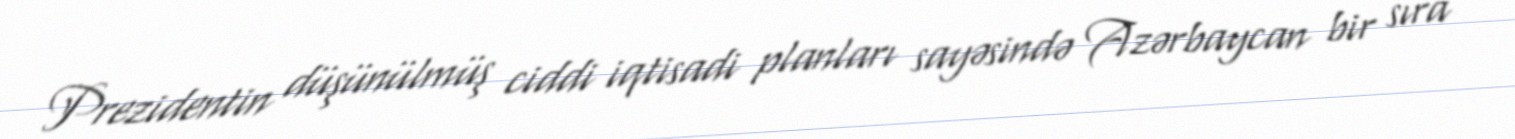
Prezidentin düşünülmüş ciddi iqtisadi planları sayəsində Azərbaycan bir sıra